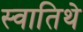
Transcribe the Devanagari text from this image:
स्वातिथे